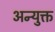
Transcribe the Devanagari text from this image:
अन्युक्त